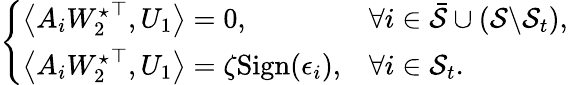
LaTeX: \begin{array}{r}{\left\{ \begin{array}{ll}{\left\langle A_{i}{W_{2}^{\star}}^{\top},U_{1}\right\rangle=0,}&{\forall i\in\bar{\mathcal{S}}\cup(\mathcal{S}\backslash\mathcal{S}_{t}),}\\ {\left\langle A_{i}{W_{2}^{\star}}^{\top},U_{1}\right\rangle=\zeta\mathrm{Sign}(\epsilon_{i}),}&{\forall i\in{\mathcal{S}_{t}}.}\end{array}\right.}\end{array}